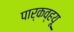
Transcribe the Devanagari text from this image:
पार्कव्हयू